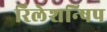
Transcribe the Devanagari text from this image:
रिलेशन्षिप